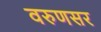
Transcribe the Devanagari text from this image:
वरुणसर